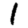
Digit: 1